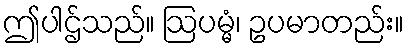
ဤပါဌ်သည်။ ဩပမ္မံ၊ ဥပမာတည်း။